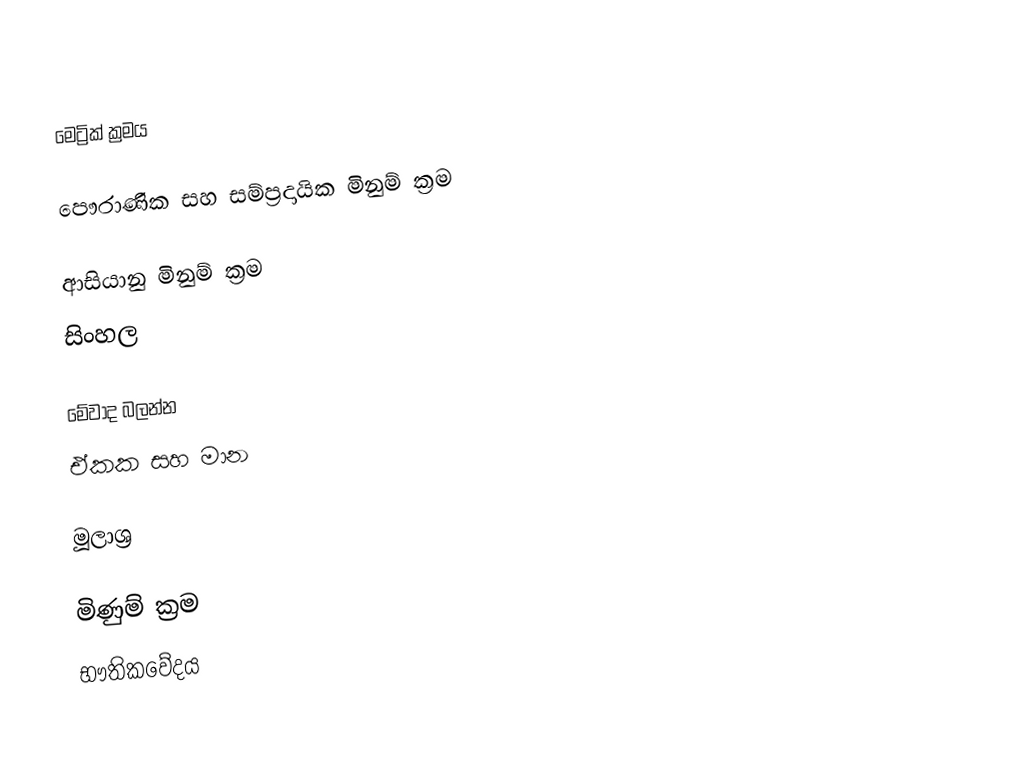

මෙට්‍රික් ක්‍රමය

පෞරාණික සහ සම්ප්‍රදායික මිනුම් ක්‍රම

ආසියානු මිනුම් ක්‍රම
 සිංහල

මේවාද බලන්න
 ඒකක සහ මාන

මූලාශ්‍ර

මිණුම් ක්‍රම
භෟතිකවේදය